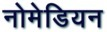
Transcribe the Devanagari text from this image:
नोमेडियन